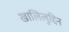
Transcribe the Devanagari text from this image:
खालिलुद्दिन